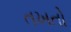
તખતો